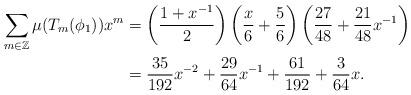
LaTeX: \begin{align*}\sum_{m\in \mathbb{Z}} \mu(T_m(\phi_1)) x^m&= \left(\frac{1+x^{-1}}{2}\right) \left(\frac{x}{6} + \frac{5}{6}\right) \left(\frac{27}{48}+\frac{21}{48}x^{-1}\right) \\&=\frac{35}{192}x^{-2} + \frac{29}{64}x^{-1} + \frac{61}{192} + \frac{3}{64}x.\end{align*}